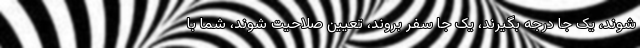
شوند، یک جا درجه بگیرند، یک جا سفر بروند، تعیین صلاحیت شوند، شما با